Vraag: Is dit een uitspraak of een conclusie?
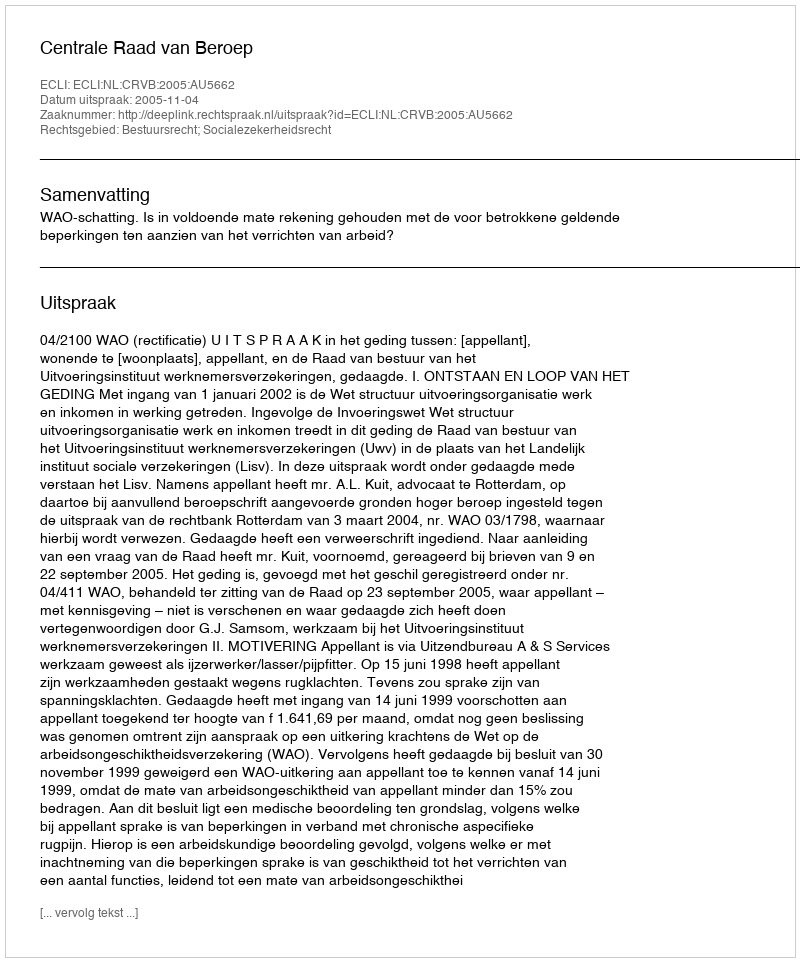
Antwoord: Uitspraak